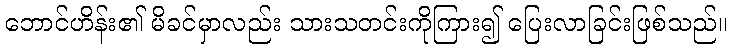
ဘောင်ဟိန်း၏ မိခင်မှာလည်း သားသတင်းကိုကြား၍ ပြေးလာခြင်းဖြစ်သည်။